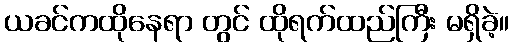
ယခင်ကထိုနေရာ တွင် ထိုရက်ထည်ကြီး မရှိခဲ့။